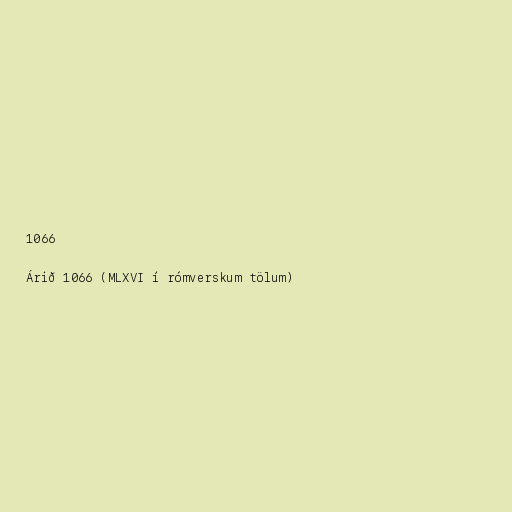
1066

Árið 1066 (MLXVI í rómverskum tölum)